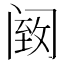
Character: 𫔵